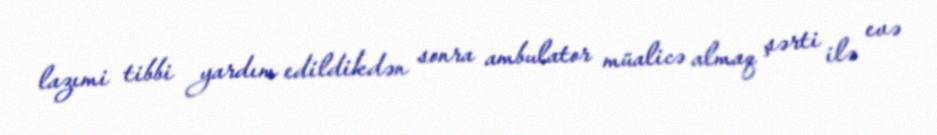
lazımi tibbi yardım edildikdən sonra ambulator müalicə almaq şərti ilə evə